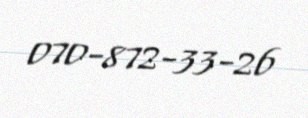
070-872-33-26